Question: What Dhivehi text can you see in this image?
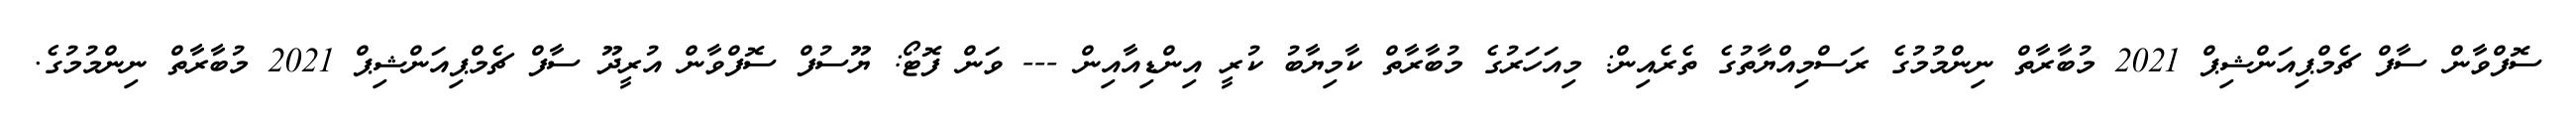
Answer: ސޮފްވާން ސާފް ޗެމްޕިއަންޝިޕް 2021 މުބާރާތް ނިންމުމުގެ ރަސްމިއްޔާތުގެ ތެރެއިން: މިއަހަރުގެ މުބާރާތް ކާމިޔާބު ކުރީ އިންޑިއާއިން --- ވަން ފޮޓޯ: ޔޫސުފް ސޮފްވާން އުރީދޫ ސާފް ޗެމްޕިއަންޝިޕް 2021 މުބާރާތް ނިންމުމުގެ.